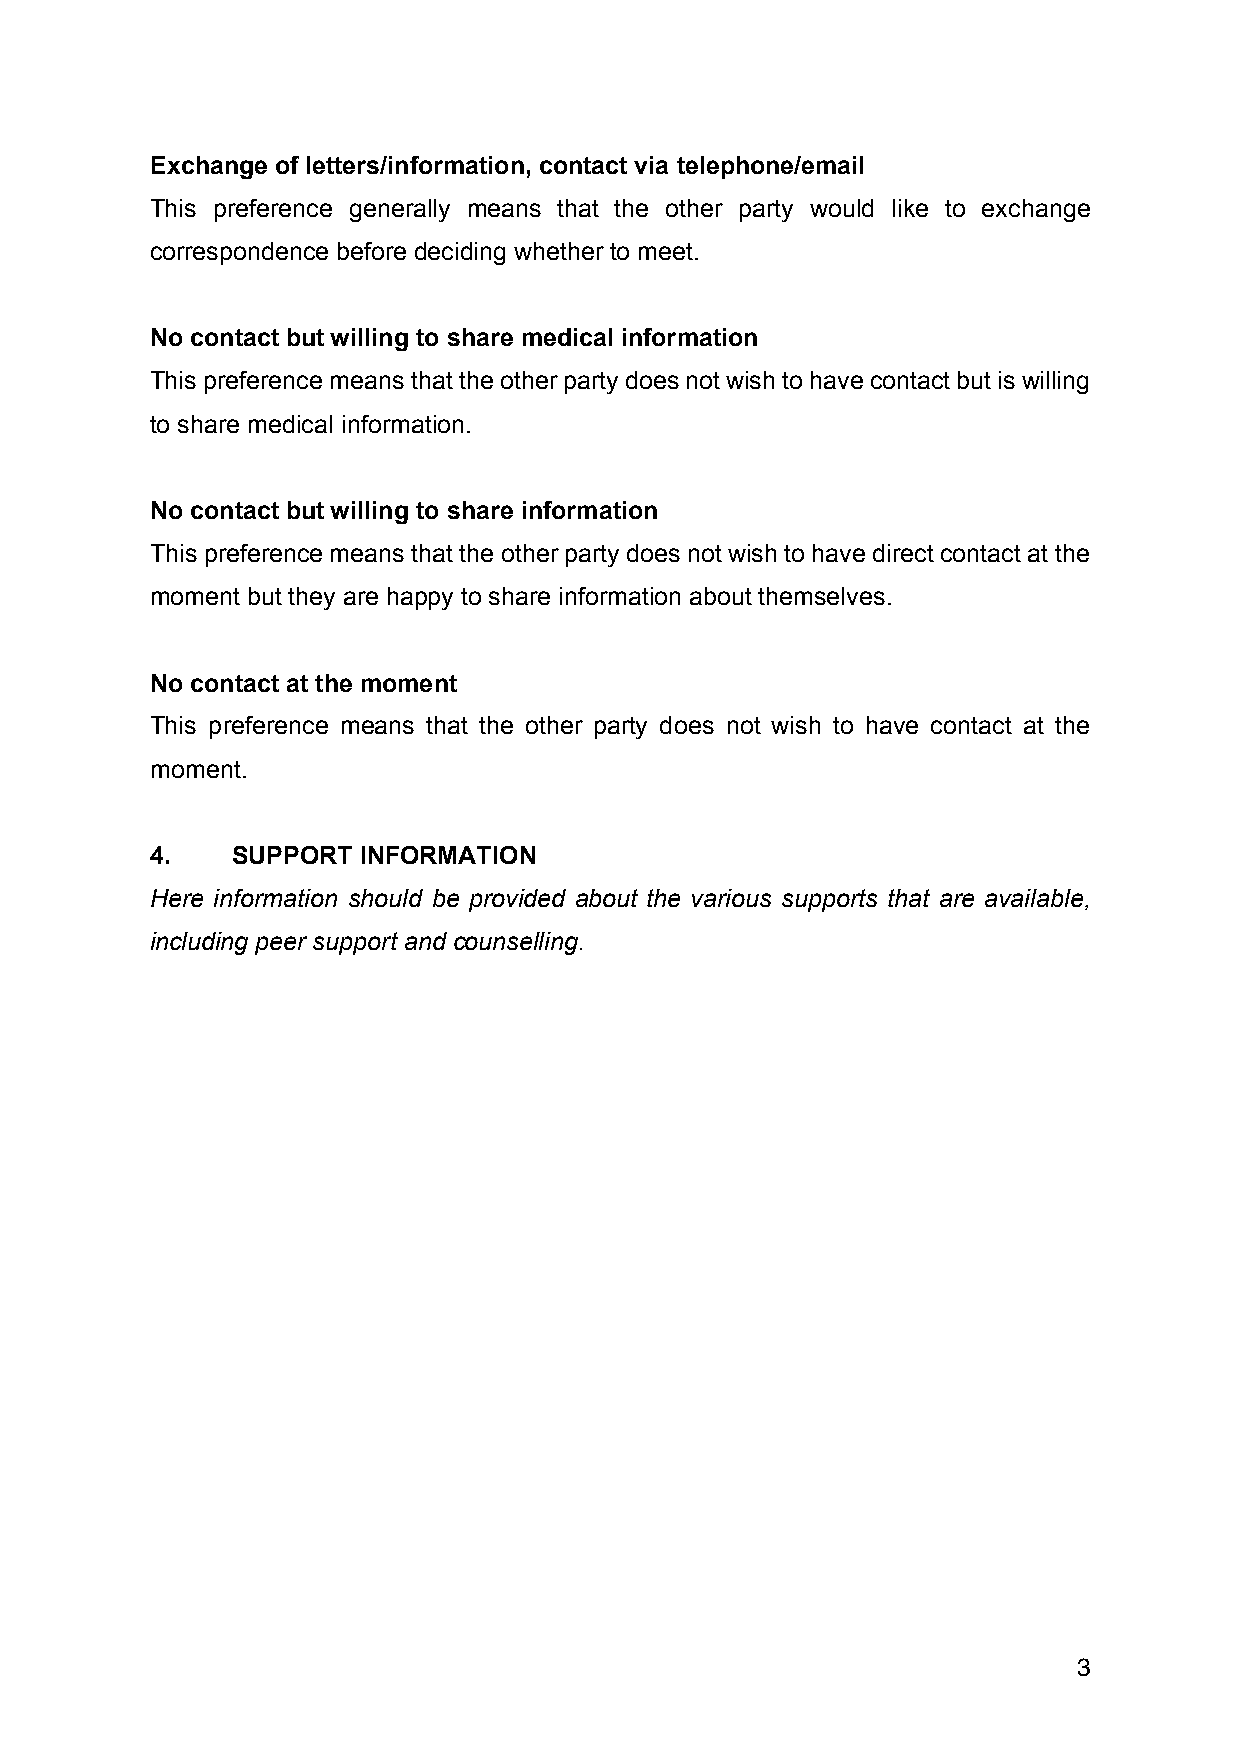
Exchange of letters/information, contact via telephone/email
 This preference generally means that the other party would like to exchange
 correspondence before deciding whether to meet.
 No contact but willing to share medical information
 This preference means that the other party does not wish to have contact but is willing
 to share medical information.
 No contact but willing to share information
 This preference means that the other party does not wish to have direct contact at the
 moment but they are happy to share information about themselves.
 No contact at the moment
 This preference means that the other party does not wish to have contact at the
 moment.
 4.   SUPPORT  INFORMATION
 Here information should be provided about the various supports that are available,
 including peer support and counselling.
 3